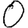
Digit: 0